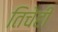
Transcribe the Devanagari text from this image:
तिचेही